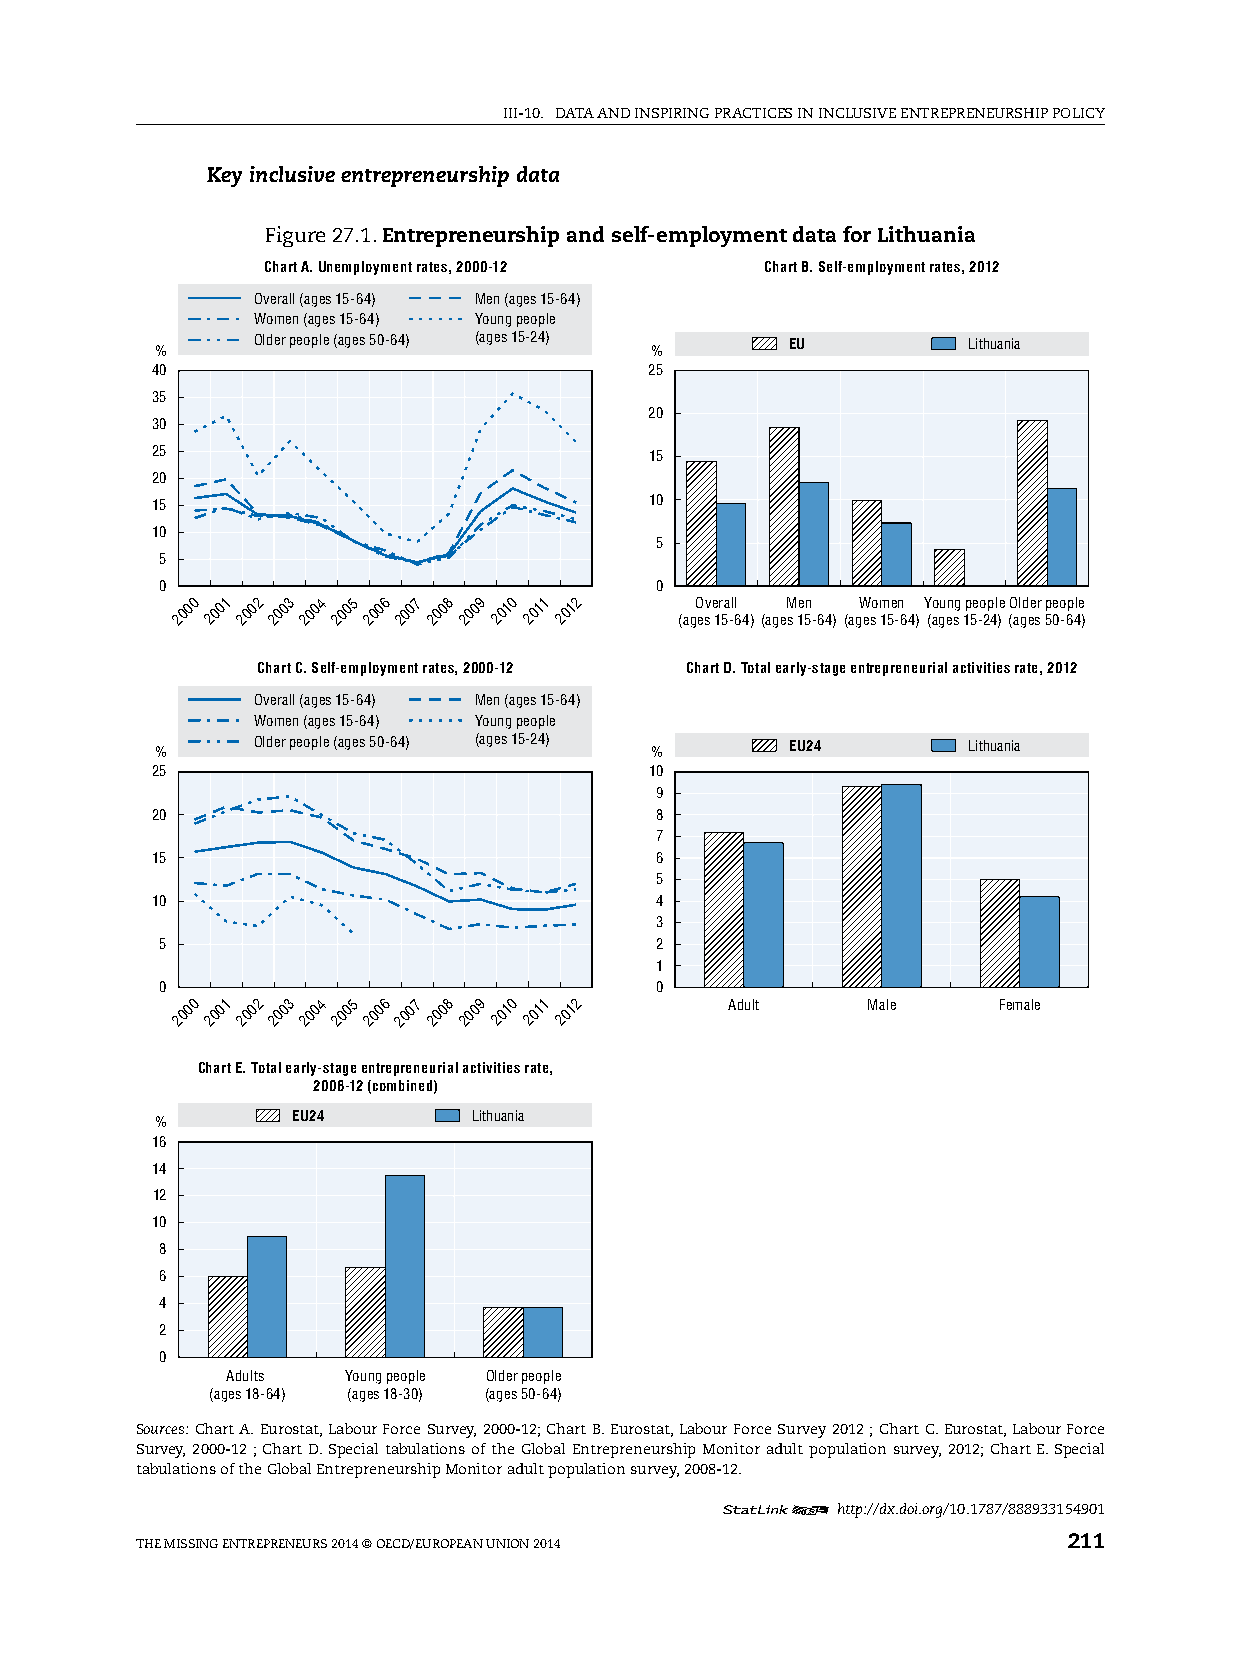
iii-10. DATA AnD inspiring prACTiCes in inClusive enTrepreneurship pOliCy
 Key inclusive entrepreneurship data
 Figure 27.1. Entrepreneurship and self-employment data for Lithuania
 Chart A. Unemployment rates, 2000-12 Chart B. Self-employment rates, 2012
 Overall (ages 15-64) Men (ages 15-64)
 Women (ages 15-64) Young people
 Older people (ages 50-64) (ages 15-24) EU      Lithuania
 %                                %
 40                               25
 35
 20
 30
 25                               15
 20
 15                               10
 10
 5
 5
 0                               0
 2000 2001 2002 2003 2004 2005 2006 2007 2008 2009 2010 2011 2012 (agO esv e 1r 5a -ll 64)(ageM
 s
 1e 5n
 -64)
 (agW eso m 15e -n 64)Y (ao gu en sg 1p 5e -o 2p 4l )e (O al gd ee sr 5p 0eo -6p 4le
 )
 Chart C. Self-employment rates, 2000-12 Chart D. Total early-stage entrepreneurial activities rate, 2012
 Overall (ages 15-64) Men (ages 15-64)
 Women (ages 15-64) Young people
 Older people (ages 50-64) (ages 15-24) EU24    Lithuania
 %                                %
 25                               10
 9
 20                               8
 7
 15                               6
 5
 10                               4
 3
 5                               2
 1
 0                               0
 2000 2001 2002 2003 2004 2005 2006 2007 2008 2009 2010 2011 2012 Adult Male Female
 Chart E. Total early-stage entrepreneurial activities rate,
 2008-12 (combined)
 EU24        Lithuania
 %
 16
 14
 12
 10
 8
 6
 4
 2
 0
 Adults  Young people Older people
 (ages 18-64) (ages 18-30) (ages 50-64)
 Sources: Chart A. eurostat, labour Force survey, 2000-12; Chart B. eurostat, labour Force survey 2012 ; Chart C. eurostat, labour Force
 survey, 2000-12 ; Chart D. special tabulations of the global entrepreneurship Monitor adult population survey, 2012; Chart e. special
 tabulations of the global entrepreneurship Monitor adult population survey, 2008-12.
 12     http://dx.doi.org/10.1787/888933154901
 The Missing enTrepreneurs 2014 © OeCD/eurOpeAn uniOn 2014     211